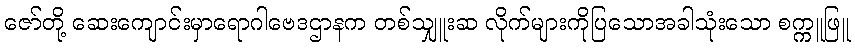
ဇော်တို့ ဆေးကျောင်းမှာရောဂါဗေဒဌာနက တစ်သျှူးဆ လိုက်များကိုပြသောအခါသုံးသော စက္ကူဖြူ